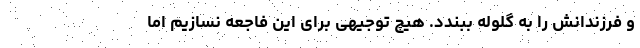
و فرزندانش را به گلوله ببندد. هیچ توجیهی برای این فاجعه نسازیم اما